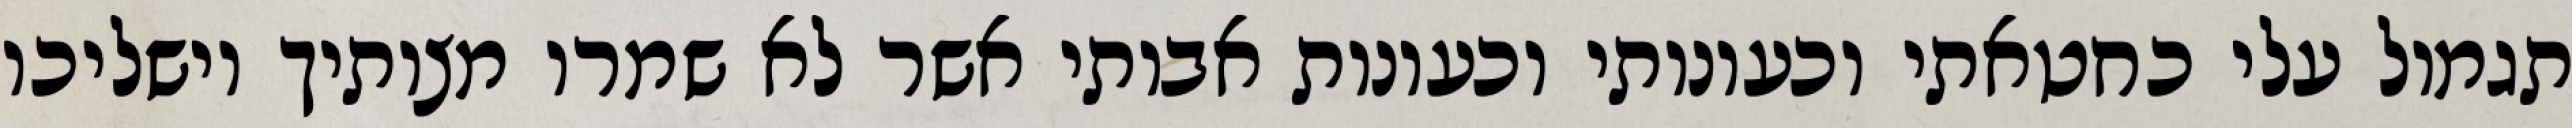
תגמול עלי כחטאתי וכעונותי וכעונות אבותי אשר לא שמרו מצותיך וישליכו